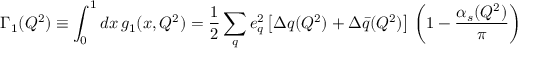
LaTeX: \Gamma _ { 1 } ( Q ^ { 2 } ) \equiv \int _ { 0 } ^ { 1 } d x \, g _ { 1 } ( x , Q ^ { 2 } ) = \frac { 1 } { 2 } \sum _ { q } e _ { q } ^ { 2 } \left[ \Delta q ( Q ^ { 2 } ) + \Delta \bar { q } ( Q ^ { 2 } ) \right] \, \left( 1 - \frac { \alpha _ { s } ( Q ^ { 2 } ) } { \pi } \right)